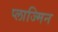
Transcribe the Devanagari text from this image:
प्लाज्मिन